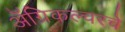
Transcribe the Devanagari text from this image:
अॅग्रिकल्चरचे